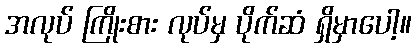
အလုပ် ကြိုးစား လုပ်မှ ပိုက်ဆံ ရှိမှာပေါ့။